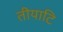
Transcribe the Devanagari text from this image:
तीयाटि